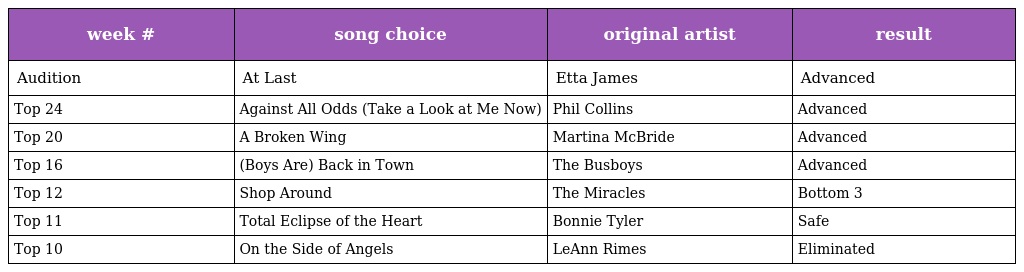
| week # | song choice | original artist | result |
 | --- | --- | --- | --- |
 | Audition | At Last | Etta James | Advanced |
 | Top 24 | Against All Odds (Take a Look at Me Now) | Phil Collins | Advanced |
 | Top 20 | A Broken Wing | Martina McBride | Advanced |
 | Top 16 | (Boys Are) Back in Town | The Busboys | Advanced |
 | Top 12 | Shop Around | The Miracles | Bottom 3 |
 | Top 11 | Total Eclipse of the Heart | Bonnie Tyler | Safe |
 | Top 10 | On the Side of Angels | LeAnn Rimes | Eliminated |